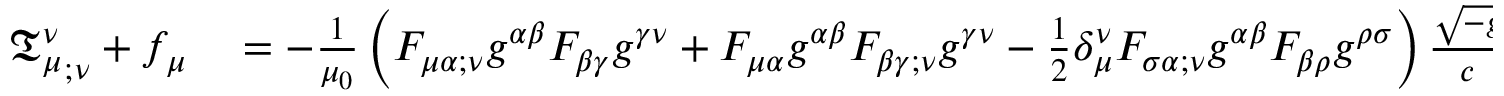
\begin{array} { r l } { { { \mathfrak { T } } _ { \mu } ^ { \nu } } _ { ; \nu } + f _ { \mu } } & { { } = - { \frac { 1 } { \mu _ { 0 } } } \left( F _ { \mu \alpha ; \nu } g ^ { \alpha \beta } F _ { \beta \gamma } g ^ { \gamma \nu } + F _ { \mu \alpha } g ^ { \alpha \beta } F _ { \beta \gamma ; \nu } g ^ { \gamma \nu } - { \frac { 1 } { 2 } } \delta _ { \mu } ^ { \nu } F _ { \sigma \alpha ; \nu } g ^ { \alpha \beta } F _ { \beta \rho } g ^ { \rho \sigma } \right) { \frac { \sqrt { - g } } { c } } + { \frac { 1 } { \mu _ { 0 } } } F _ { \mu \alpha } g ^ { \alpha \beta } F _ { \beta \gamma ; \nu } g ^ { \gamma \nu } { \frac { \sqrt { - g } } { c } } } \end{array}